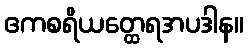
ဧကစရိယတ္ထေရအပဒါန။